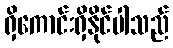
ရှိကောင်းရှိနိုင်ပါသည်